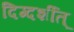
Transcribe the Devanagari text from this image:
दिग्दर्शीत्